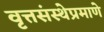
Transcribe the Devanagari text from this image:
वृत्तसंस्थेप्रमाणे